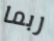
ربما